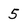
Character: 5